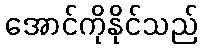
အောင်ကိုနိုင်သည်